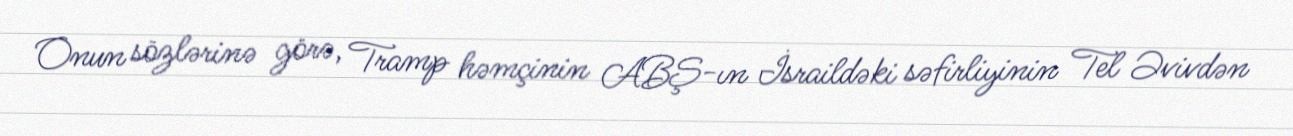
Onun sözlərinə görə, Tramp həmçinin ABŞ-ın İsraildəki səfirliyinin Tel Əvivdən